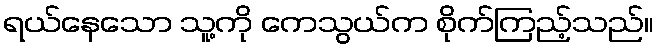
ရယ်နေသော သူ့ကို ကေသွယ်က စိုက်ကြည့်သည်။